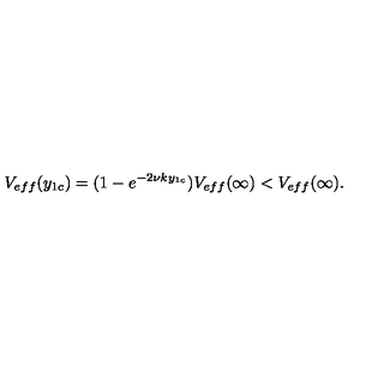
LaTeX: V _ { e f f } ( y _ { 1 c } ) = ( 1 - e ^ { - 2 \nu k y _ { 1 c } } ) V _ { e f f } ( \infty ) < V _ { e f f } ( \infty ) .